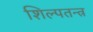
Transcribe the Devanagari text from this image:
शिल्पतन्त्र